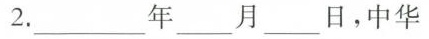
2.___年____月___日，中华